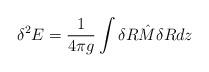
LaTeX: \begin{align*}\delta^2E =\frac{1}{4\pi g}\int\delta R{\hat M}\delta R dz\end{align*}